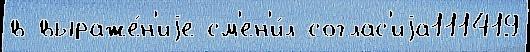
в выраже́н'иjе см'ен'и́л соглас'иjа111419